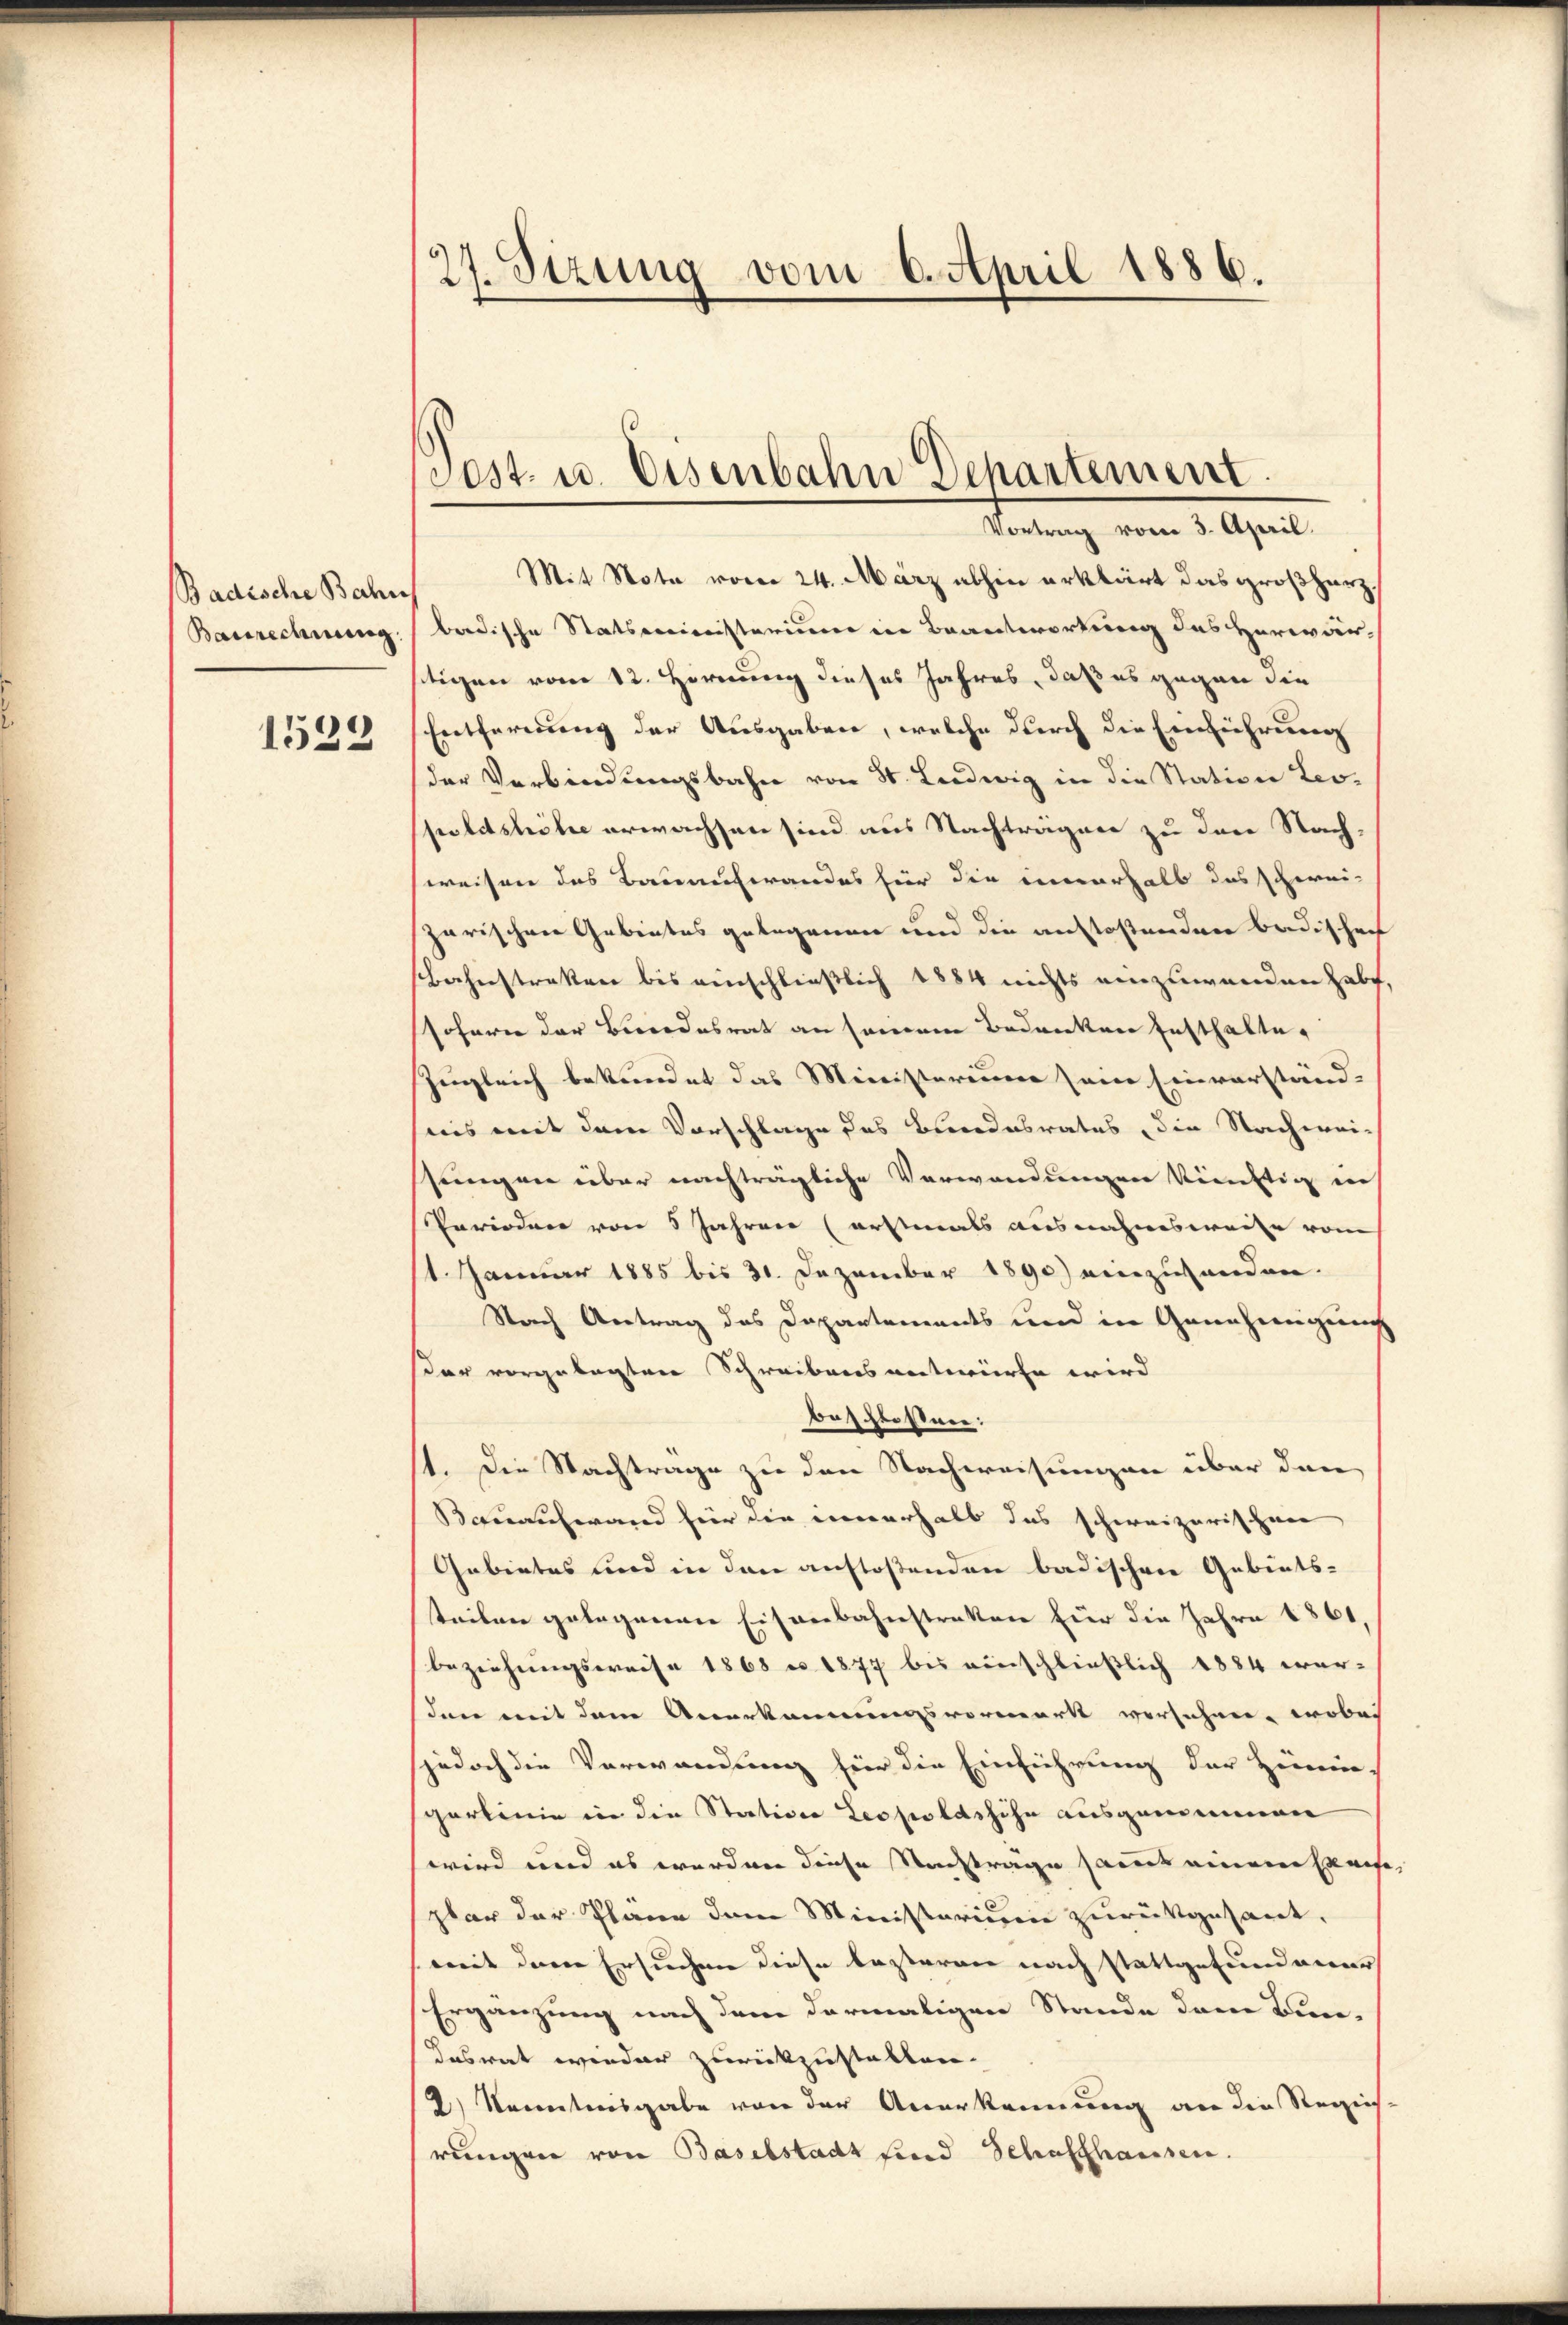
Badische Bahn
Baurechnung.
1532

27. Sezung vom 6. April 1886.

est. u. Eisenbahn Departement
Vortrag vom 3. April.

Mit Nota vom 24. März abhin erklärt das großherz.
bardische Statsministerium in Beantwortung des Herwärtigen vom 12. Hornung dieses Jahres, daß es gegen die
Entfernung der Ausgaben, welche durch die Einführung
der Verbindungsbahn von St. Ludwig in die Station Leopoldshöhe erwachsen sind aus Nachträgen zu der Nach-
weisen des Bauaufwandes für die innerhalb das schwei-
zarischen Gebietes gelegenen und die anstoßenden badischen
Bahnstreken bis einschließlich 1884 nichts einzuwenden habe.
sofern der Bundesrat an seinem Bedrucker festhalte,
Zugleich bekundet das Ministerium seine Einverständ-
nis mit dem Vorschlage des Bundesrates, die Nachwei-
stungen über nachträgliche Verwendungen künftig in
Perioden von 5 Jahren (erstmals ausnahmsweise vom
1. Januar 1885 bis 31. Dezember 1890) einzuhanden.
Strch Antrag des Departements und in Genehmigung
dar vorgelegten Schreibens antwürfe wird
beschlossen:
1. Die Nachtrage zu den Nachweisungen über den
Bauaufwand für die neuerhalb das schweizerischen
Gebietes und in den anstoßenden badischen Gebiets-
teilen gelegenen Eisenbahnstraken für die Jahre 1861,
beziehungsweise 1868 n 1877 bis einschließlich 1884 wer-
sden mit dem Anerkannungsvormark versehen, wobei
sjedoch die Verwandung hier die Einführung der Zimm
spartinie in die Station Leopoldshöhe ausgemeinnen
wird und es werden diese Nachträge samt einem Ereige,
plar der Pläne dem Ministerium zurückgesant,
mit dem Ersuchen diese lasteren nach stattgefundener
Ergänzung nach dem dermaligen Stande den Bun-
dasrat wieder zurückzustellen.
2.) Kenntnisgabe von der Anerkennung an die Regies-
rungen von Baselstadt sind Schaffhausen.